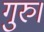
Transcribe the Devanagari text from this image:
गुरु।